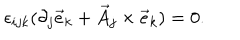
\epsilon _ { i j k } ( \partial _ { j } { \vec { e } } _ { k } + { \vec { A } } _ { j } \times { \vec { e } } _ { k } ) = 0 .